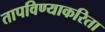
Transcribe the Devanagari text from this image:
तापविण्याकरिता